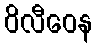
ဝိလီဝေန